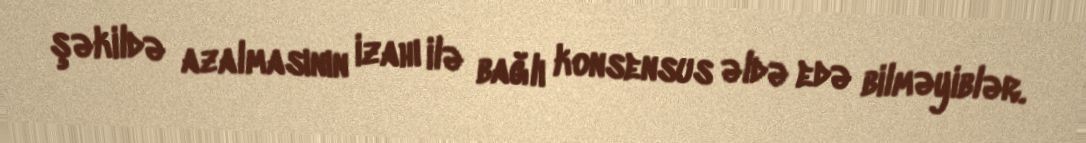
şəkildə azalmasının izahı ilə bağlı konsensus əldə edə bilməyiblər.